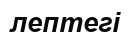
лептегі